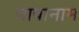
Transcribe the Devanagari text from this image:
भाषानाम